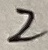
Text: 2